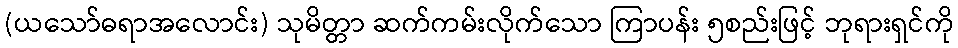
(ယသော်ဓရာအလောင်း) သုမိတ္တာ ဆက်ကမ်းလိုက်သော ကြာပန်း ၅စည်းဖြင့် ဘုရားရှင်ကို